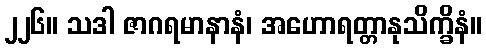
၂၂၆။ သဒါ ဇာဂရမာနာနံ၊ အဟောရတ္တာနုသိက္ခိနံ။